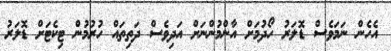
އެހެން ނަމަވެސް ޑޮލަރު ހޯދުމަށް އާންމުންނަށް އަދިވެސް ދަތިތައް ހުރުމުން ޓިކެޓަށް ޑޮލަރު